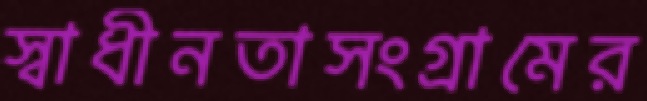
স্বাধীনতাসংগ্রামের